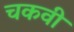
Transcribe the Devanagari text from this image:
चकवी